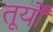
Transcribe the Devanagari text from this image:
तूर्यों